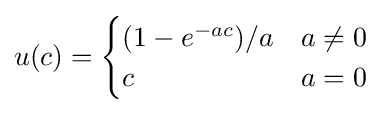
u(c)={\begin{cases}(1-e^{-ac})/a&a\neq 0\\c&a=0\\\end{cases}}